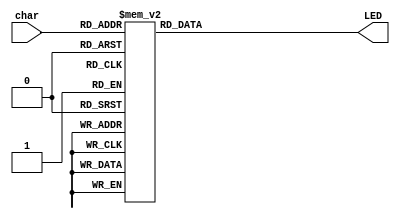
// Code your design here
`timescale 1ns/1ps


module LEDdecoder(char, LED);
	input [3:0] char; // input 4-bit coded character
	output [6:0] LED; // output 7-bit (a, b, c, d, e, f, g) signal
	
	reg [6:0] LED;
	
	always@(char)
	begin
		case(char)		 //abcdefg
        		4'b0000 : LED = 7'b0000001;   // 0
			4'b0001 : LED = 7'b1001111;   // 1
			4'b0010 : LED = 7'b0010010;   // 2
            		4'b0011 : LED = 7'b0000110;   // 3
            		4'b0100 : LED = 7'b1001100;   // 4
           		4'b0101 : LED = 7'b0100100;   // 5
           		4'b0110 : LED = 7'b0100000;   // 6
           		4'b0111 : LED = 7'b0001111;   // 7
            		4'b1000 : LED = 7'b0000000;   // 8
            		4'b1001 : LED = 7'b0000100;   // 9
            		4'b1010 : LED = 7'b0011000;   // F
           		4'b1011 : LED = 7'b1111110;   // -
            		4'b1100 : LED = 7'b1111111;   // No Display
            		default : LED = 7'b1111111;   //RESET 
		endcase
	end

endmodule